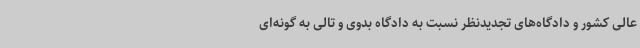
عالی کشور و دادگاه‌های تجدیدنظر نسبت به دادگاه بدوی و تالی به گونه‌ای